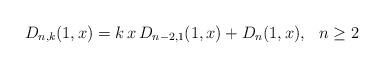
LaTeX: \begin{align*}D_{n,k}(1,x)&=k\,x\,D_{n-2,1}(1,x)+D_n(1,x), \,\,\,\,n\geq 2\end{align*}